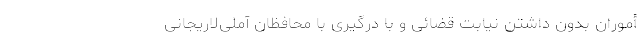
أموران بدون داشتن نیابت قضائی و با درگیری با محافظان آملی‌لاریجانی